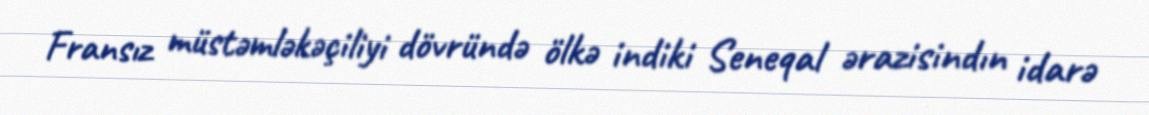
Fransız müstəmləkəçiliyi dövründə ölkə indiki Seneqal ərazisindın idarə